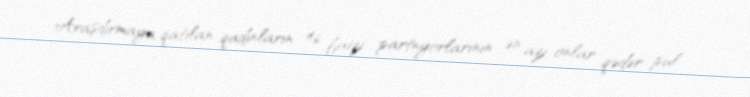
Araşdırmaya qatılan qadınların 46 faizi partnyorlarının ən azı onlar qədər pul